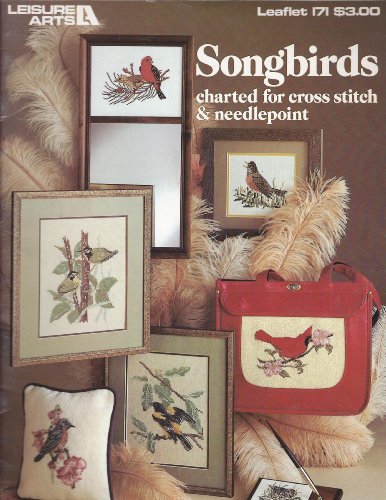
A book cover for Songbirds charted for cross stitch & needlepoint (Leisure Arts leaflet); Carol Wilson Mansfield; Crafts, Hobbies & Home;